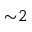
{ \sim } 2